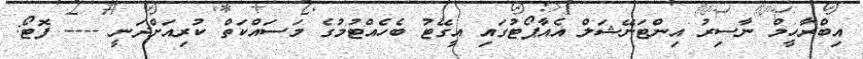
އިބްރާހީމް ނާސިރު އިންޓަނޭޝަލް އެއާޕޯޓުގައި އީގޭޓު ބެހެއްޓުމުގެ މަސައްކަތް ކުރިއަށްދަނީ ---- ފޮޓޯ: